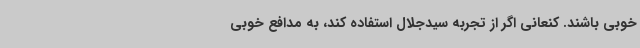
خوبی باشند. کنعانی اگر از تجربه سیدجلال استفاده کند، به مدافع خوبی